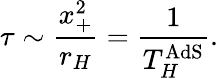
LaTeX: \tau\sim\frac{x_{+}^{2}}{r_{H}}=\frac{1}{T_{H}^{\mathrm{AdS}}}.